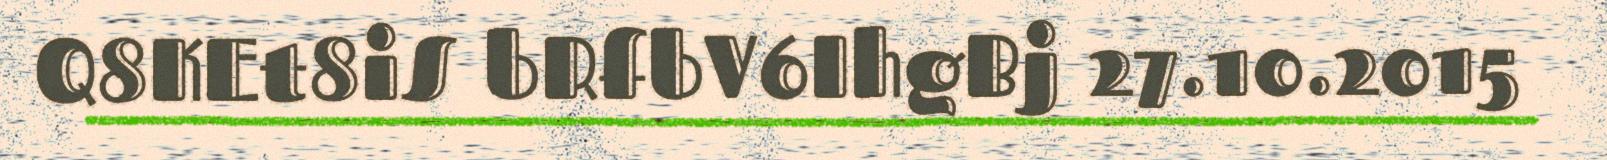
Q8KEt8iS bRfbV6IhgBj 27.10.2015